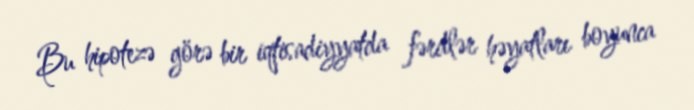
Bu hipotezə görə bir iqtisadiyyatda fərdlər həyatları boyunca